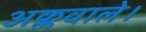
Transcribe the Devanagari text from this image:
अक्लवाले।